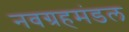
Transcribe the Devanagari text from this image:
नवग्रहमंडल